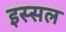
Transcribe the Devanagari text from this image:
इस्सल